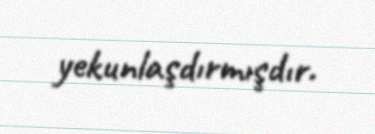
yekunlaşdırmışdır.